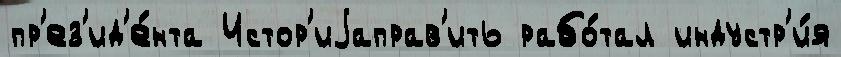
пр'ез'ид'е́нта Истор'иjаправ'ить рабо́тал индустр'и́я